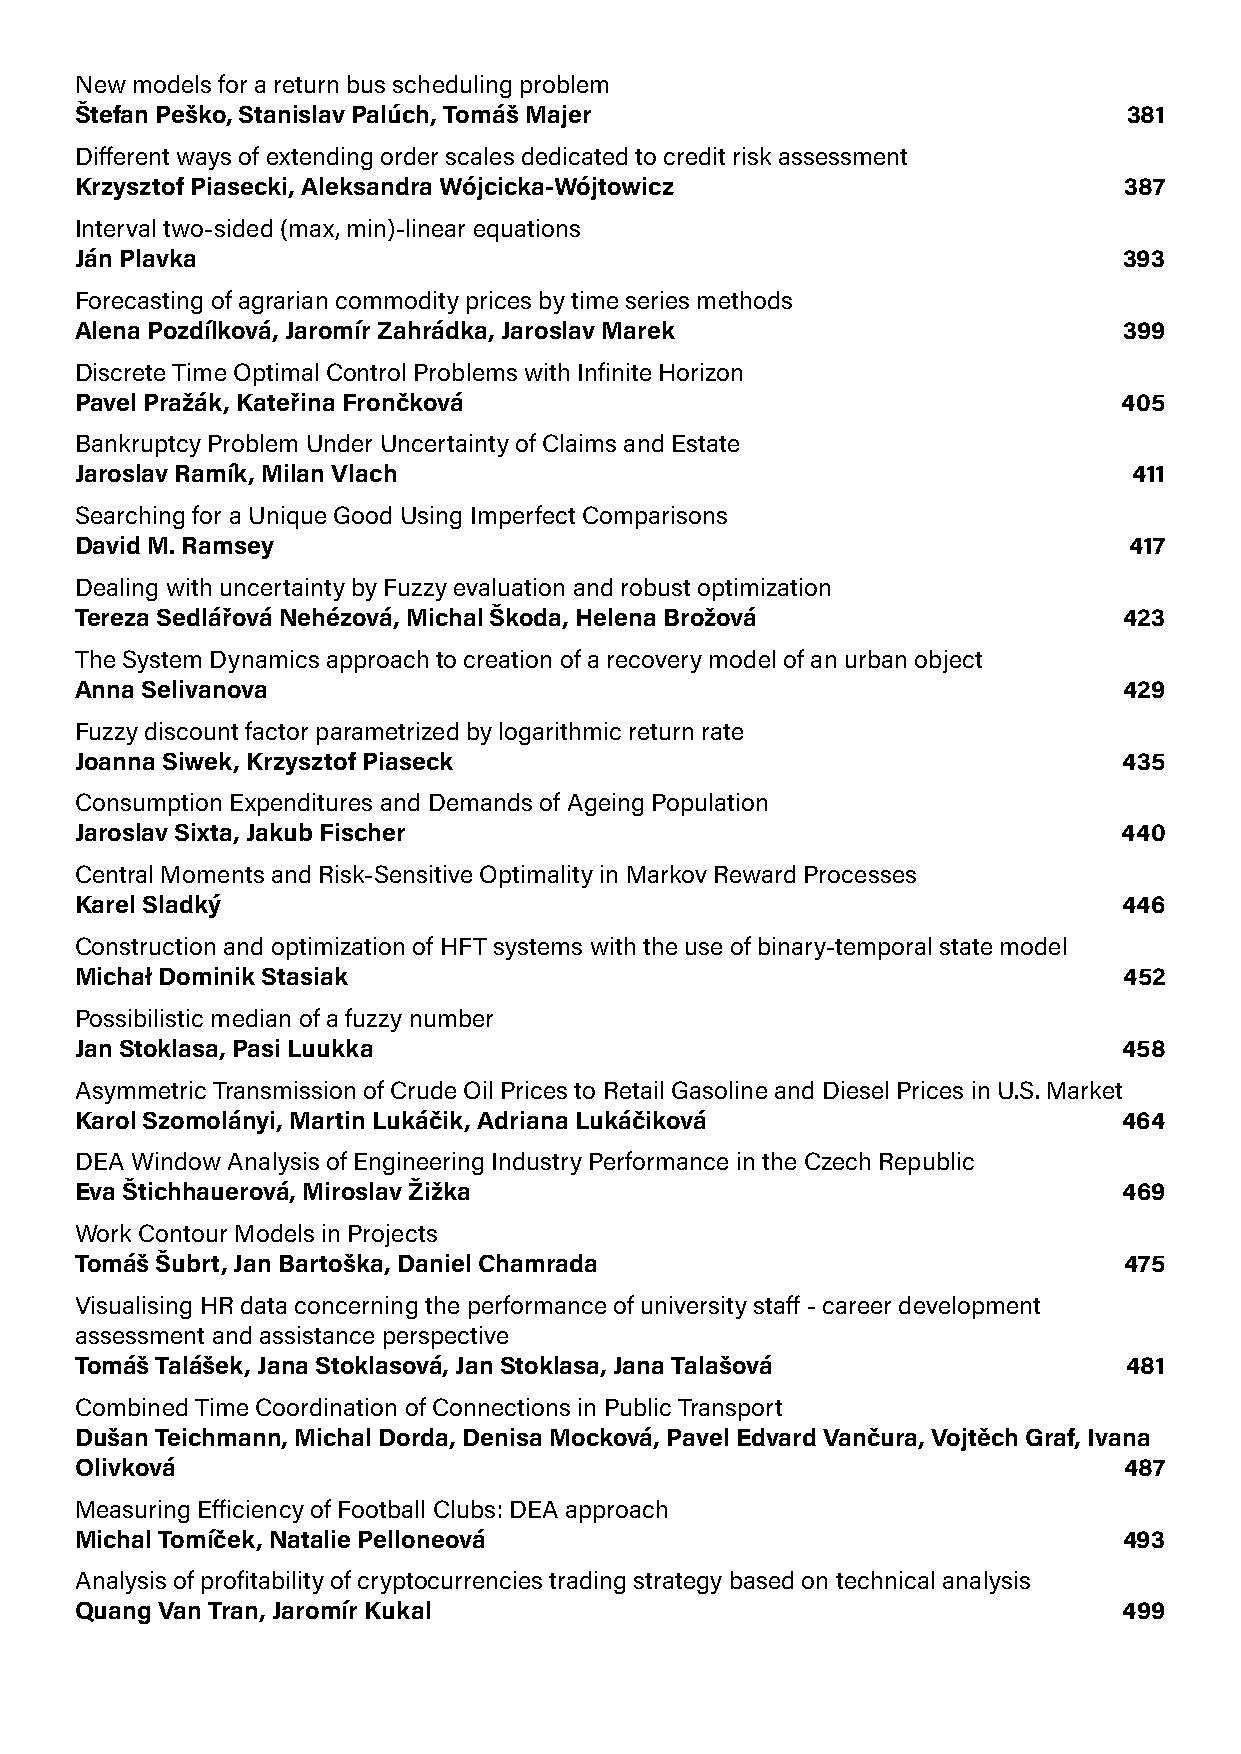
New models for a return bus scheduling problem
 Štefan Peško, Stanislav Palúch, Tomáš Majer                           381
 Different ways of extending order scales dedicated to credit risk assessment
 Krzysztof Piasecki, Aleksandra Wójcicka-Wójtowicz                    387
 Interval two-sided (max, min)-linear equations
 Ján Plavka                                                           393
 Forecasting of agrarian commodity prices by time series methods
 Alena Pozdílková, Jaromír Zahrádka, Jaroslav Marek                   399
 Discrete Time Optimal Control Problems with Infinite Horizon
 Pavel Pražák, Kateřina Frončková                                     405
 Bankruptcy Problem Under Uncertainty of Claims and Estate
 Jaroslav Ramík, Milan Vlach                                           411
 Searching for a Unique Good Using Imperfect Comparisons
 David M. Ramsey                                                       417
 Dealing with uncertainty by Fuzzy evaluation and robust optimization
 Tereza Sedlářová Nehézová, Michal Škoda, Helena Brožová              423
 The System Dynamics approach to creation of a recovery model of an urban object
 Anna Selivanova                                                      429
 Fuzzy discount factor parametrized by logarithmic return rate
 Joanna Siwek, Krzysztof Piaseck                                      435
 Consumption Expenditures and Demands of Ageing Population
 Jaroslav Sixta, Jakub Fischer                                        440
 Central Moments and Risk-Sensitive Optimality in Markov Reward Processes
 Karel Sladký                                                         446
 Construction and optimization of HFT systems with the use of binary-temporal state model
 Michał Dominik Stasiak                                               452
 Possibilistic median of a fuzzy number
 Jan Stoklasa, Pasi Luukka                                            458
 Asymmetric Transmission of Crude Oil Prices to Retail Gasoline and Diesel Prices in U.S. Market
 Karol Szomolányi, Martin Lukáčik, Adriana Lukáčiková                 464
 DEA Window Analysis of Engineering Industry Performance in the Czech Republic
 Eva Štichhauerová, Miroslav Žižka                                    469
 Work Contour Models in Projects
 Tomáš Šubrt, Jan Bartoška, Daniel Chamrada                           475
 Visualising HR data concerning the performance of university staff - career development
 assessment and assistance perspective
 Tomáš Talášek, Jana Stoklasová, Jan Stoklasa, Jana Talašová           481
 Combined Time Coordination of Connections in Public Transport
 Dušan Teichmann, Michal Dorda, Denisa Mocková, Pavel Edvard Vančura, Vojtěch Graf, Ivana
 Olivková                                                             487
 Measuring Efficiency of Football Clubs: DEA approach
 Michal Tomíček, Natalie Pelloneová                                   493
 Analysis of profitability of cryptocurrencies trading strategy based on technical analysis
 Quang Van Tran, Jaromír Kukal                                        499